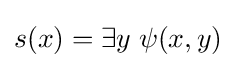
s(x)=\exists y\;\psi (x,y)